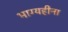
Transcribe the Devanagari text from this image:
भाग्यहीना